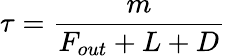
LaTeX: \tau={\frac{m}{F_{out}+L+D}}